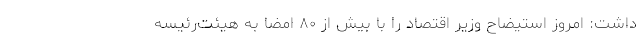
داشت: امروز استیضاح وزیر اقتصاد را با بیش از ۸۰ امضا به هیئت‌رئیسه